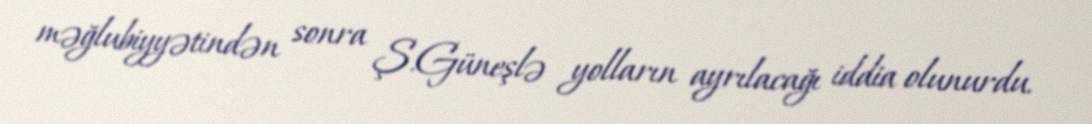
məğlubiyyətindən sonra Ş.Güneşlə yolların ayrılacağı iddia olunurdu.